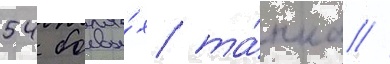
54 боевы́х та́нка //